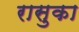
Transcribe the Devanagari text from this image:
रासुका